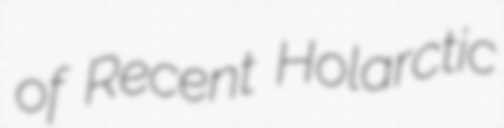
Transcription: of Recent Holarctic